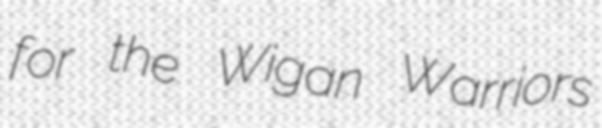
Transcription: for the Wigan Warriors